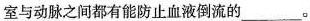
室与动脉之间都有能防止血液倒流的___。